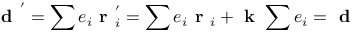
\textbf { d } ^ { ' } = \sum e _ { i } \textbf { r } _ { i } ^ { ' } = \sum e _ { i } \textbf { r } _ { i } + \textbf { k } \sum e _ { i } = \textbf { d }